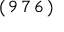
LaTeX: ( \, 9 \, 7 \, 6 \, )